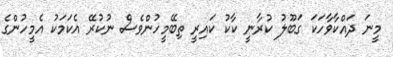
މީނަ ދައްކާވާހަކަ ގަބޫލު ކުރާނީ ކާކު ކައިރީ ތިބޭމީހުންވެސް ނުކުރޭ އެކަމަކު އެމީހުންގެ